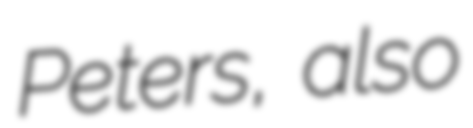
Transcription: Peters, also